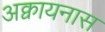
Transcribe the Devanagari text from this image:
अक्वायनास